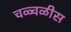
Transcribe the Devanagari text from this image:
चळ्वळीस